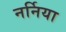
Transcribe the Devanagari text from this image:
नर्निया